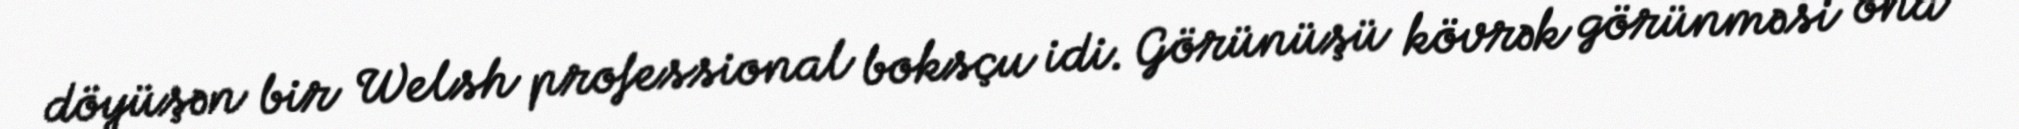
döyüşən bir Welsh professional boksçu idi. Görünüşü kövrək görünməsi ona